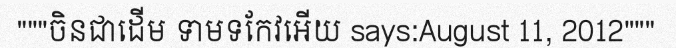
"""ចិនជាដើម ទាមទកែវអើយ says:August 11, 2012"""